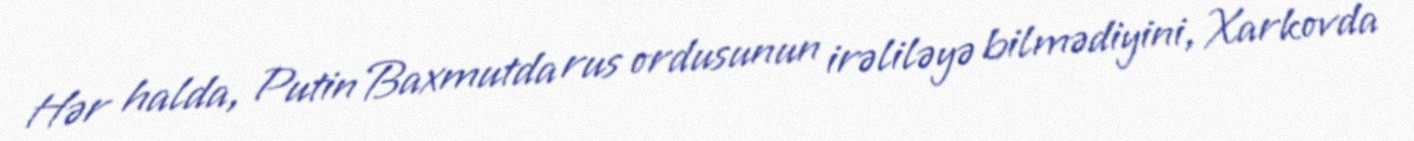
Hər halda, Putin Baxmutda rus ordusunun irəliləyə bilmədiyini, Xarkovda